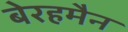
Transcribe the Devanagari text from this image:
बेरहमैन